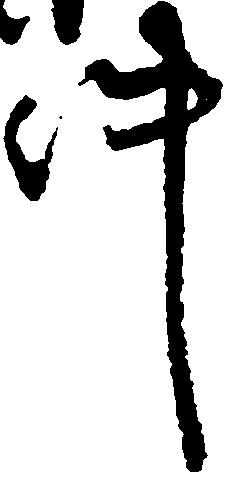
件